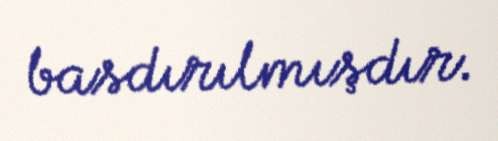
basdırılmışdır.